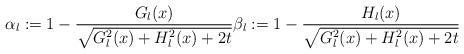
LaTeX: \begin{align*}\alpha_l:=1-\frac{G_l(x)}{\sqrt{G_l^2(x)+H_l^2(x)+2t}}\beta_l:=1-\frac{H_l(x)}{\sqrt{G_l^2(x)+H_l^2(x)+2t}}\end{align*}